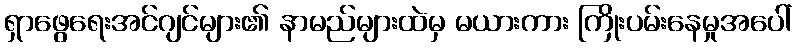
ရှာဖွေရေးအင်ဂျင်များ၏ နာမည်များထဲမှ မယားကား ကြိုးပမ်းနေမှုအပေါ်